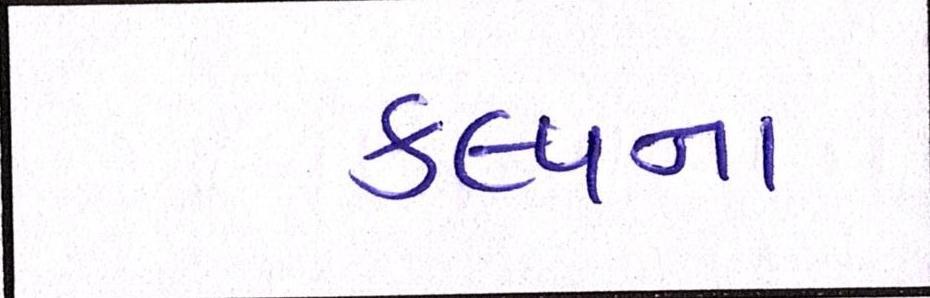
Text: કલ્પના